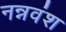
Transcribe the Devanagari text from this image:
नन्नवंश